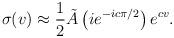
LaTeX: \begin{align*}\sigma(v) \approx \frac{1}{2} \tilde{A} \left( i e^{-ic\pi/2} \right) e^{cv}.\end{align*}